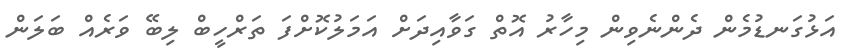
އަޅުގަނޑުމެން ދެންނެވިން މިހާރު އޮތް ގަވާއިދަށް އަމަލުކޮށްފަ ތަރްހީބް ލިބޭ ވަރެއް ބަލަން